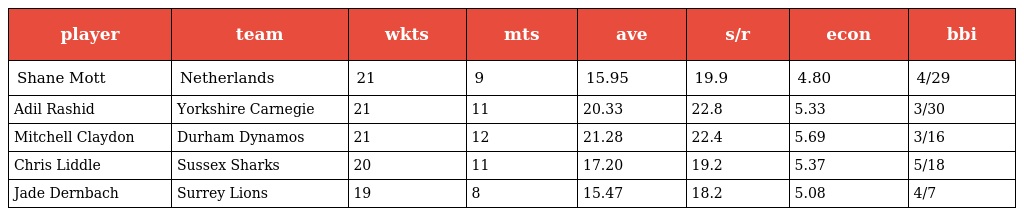
| player | team | wkts | mts | ave | s/r | econ | bbi |
 | --- | --- | --- | --- | --- | --- | --- | --- |
 | Shane Mott | Netherlands | 21 | 9 | 15.95 | 19.9 | 4.80 | 4/29 |
 | Adil Rashid | Yorkshire Carnegie | 21 | 11 | 20.33 | 22.8 | 5.33 | 3/30 |
 | Mitchell Claydon | Durham Dynamos | 21 | 12 | 21.28 | 22.4 | 5.69 | 3/16 |
 | Chris Liddle | Sussex Sharks | 20 | 11 | 17.20 | 19.2 | 5.37 | 5/18 |
 | Jade Dernbach | Surrey Lions | 19 | 8 | 15.47 | 18.2 | 5.08 | 4/7 |